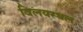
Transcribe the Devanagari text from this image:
विलयस्थल